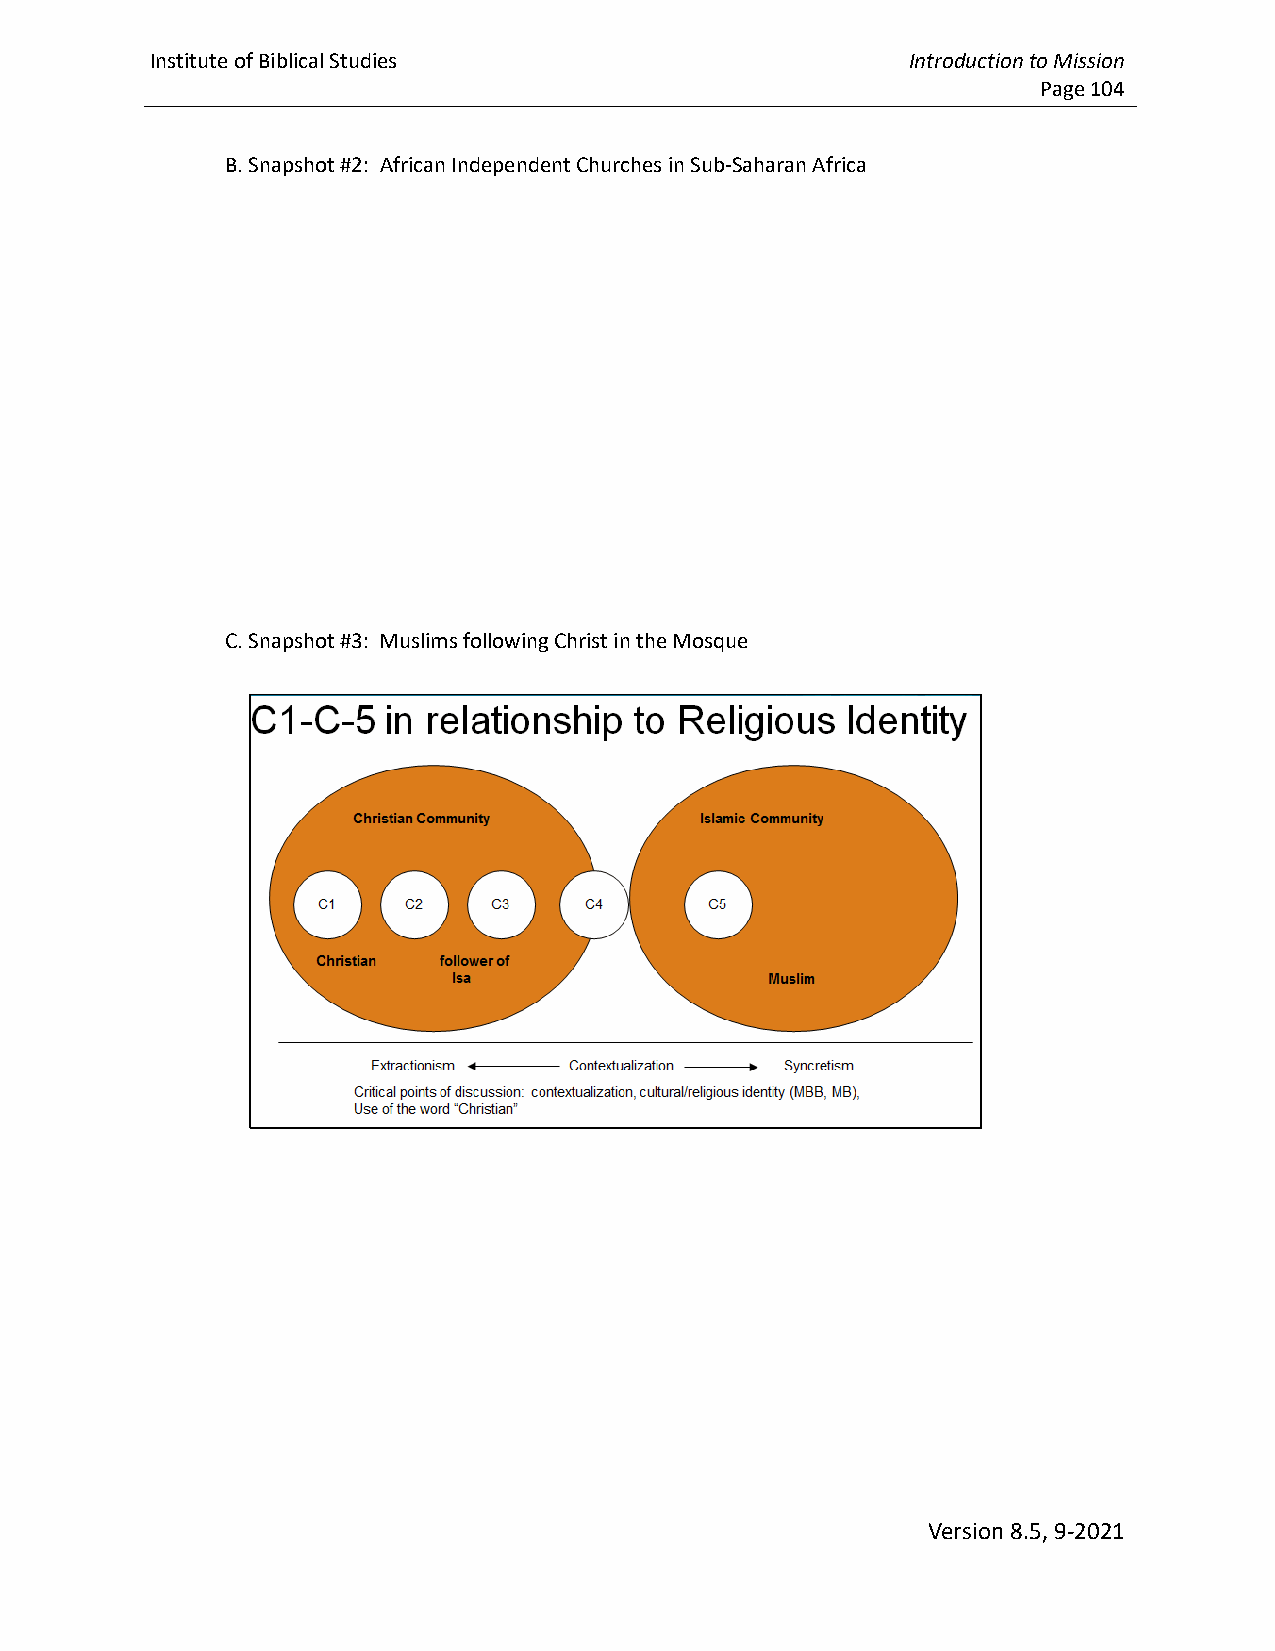
Institute of Biblical Studies                     Introduction to Mission
 Page 104
 B. Snapshot #2: African Independent Churches in Sub-Saharan Africa
 C. Snapshot #3: Muslims following Christ in the Mosque
 Version 8.5, 9-2021